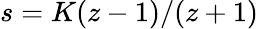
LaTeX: s=K(z-1)/(z+1)